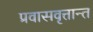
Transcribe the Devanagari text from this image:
प्रवासवृत्तान्त